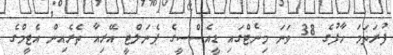
ފުރަތަމަ ހާފުގެ 38 ވަނަ މިނެޓްގައި ޑީއެސްސީގެ ޕެނަލްޓީ އޭރިއާ ތެރެއިން އެޓީމްގެ